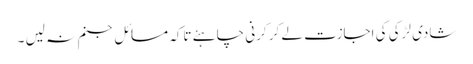
شادی لڑکی کی اجازت لے کر کرنی چاہئے تاکہ مسائل جنم نہ لیں ۔